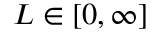
L \in [ 0 , \infty ]